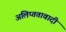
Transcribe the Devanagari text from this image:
अलिप्‍ततावादी